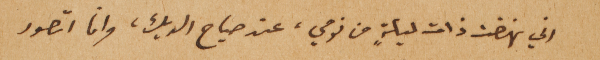
اني نهضت ذات ليلةٍ من نومي، عند صياح الديك، وانا اتصور